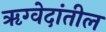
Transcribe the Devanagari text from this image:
ॠग्वेदांतील